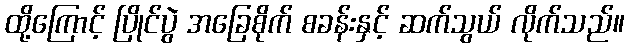
ထို့ကြောင့် ပြိုင်ပွဲ အခြေစိုက် စခန်းနှင့် ဆက်သွယ် လိုက်သည်။